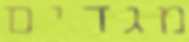
מגדים